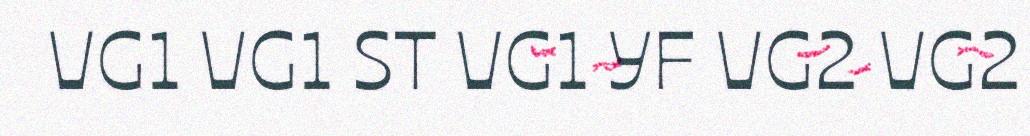
VG1 VG1 ST VG1 YF VG2 VG2